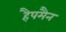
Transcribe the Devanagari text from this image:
हैपमैन